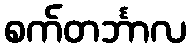
စက်တင်္ဘာလ